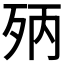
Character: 𣧰